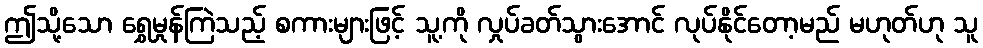
ဤသို့သော ရွှေမှုန်ကြဲသည့် စကားများဖြင့် သူ့ကို လှုပ်ခတ်သွားအောင် လုပ်နိုင်တော့မည် မဟုတ်ဟု သူ